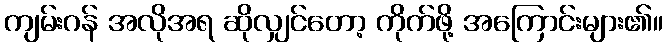
ကျမ်းဂန် အလိုအရ ဆိုလျှင်တော့ ကိုက်ဖို့ အကြောင်းများ၏။